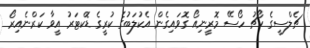
ޗެލްސީގެ ކޯޗު ހޯސޭ މޮރީނިއޯ ގޮވައިގެން އެކުލަބުގެ ކުރީގެ ޑޮކްޓަރު އީވާ ކަރްނެއިރޯ